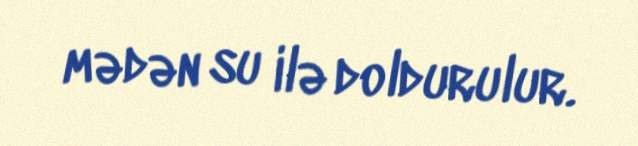
mədən su ilə doldurulur.